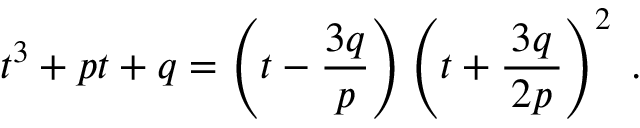
t ^ { 3 } + p t + q = \left( t - { \frac { 3 q } { p } } \right) \left( t + { \frac { \, 3 q \, } { 2 p } } \right) ^ { 2 } \; .